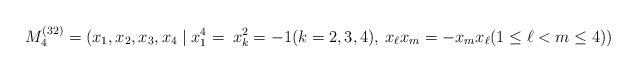
LaTeX: \begin{align*}M_4^{(32)}=(x_1,x_2,x_3,x_4\;|\;x_1^4=\:x_k^2=-1 (k=2,3,4),\: x_\ell x_m=-x_mx_\ell (1\le \ell<m\le 4))\end{align*}